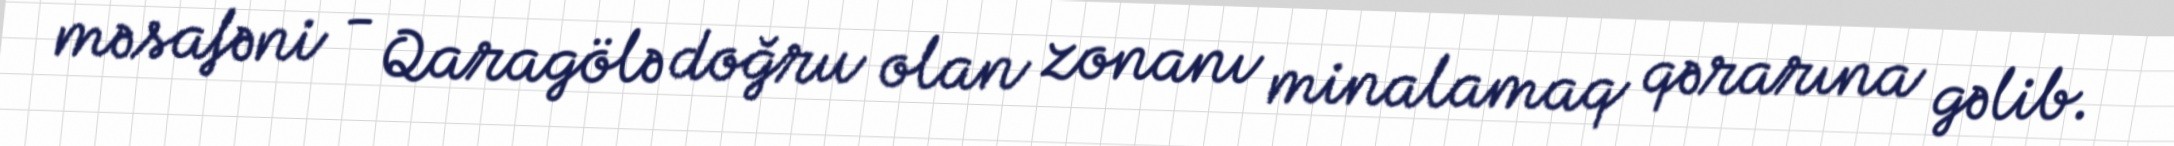
məsafəni - Qaragölə doğru olan zonanı minalamaq qərarına gəlib.